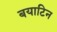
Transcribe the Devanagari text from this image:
बयाटिन